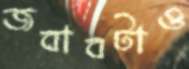
জবাবটাও